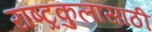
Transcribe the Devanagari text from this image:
राष्ट्रकुलासाठी